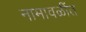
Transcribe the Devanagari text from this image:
नामावळींत